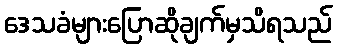
ဒေသခံများပြောဆိုချက်မှသိရသည်